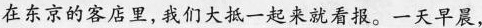
在东京的客店里,我们大抵一起来就看报。一天早晨,